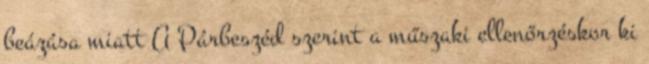
beázása miatt A Párbeszéd szerint a műszaki ellenőrzéskor ki